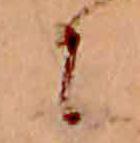
に